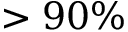
> 9 0 \%